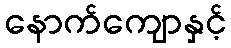
နောက်ကျောနှင့်